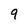
Character: 9